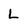
Character: L